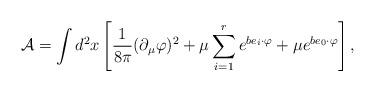
LaTeX: \begin{align*}\mathcal{A}=\int d^{2}x\left[ \frac{1}{8\pi }(\partial _{\mu }\varphi)^{2}+\mu \sum_{i=1}^{r}e^{be_{i}\cdot \varphi }+\mu e^{be_{0}\cdot \varphi }\right] , \end{align*}